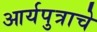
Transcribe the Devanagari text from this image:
आर्यपुत्राचे